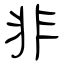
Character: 非